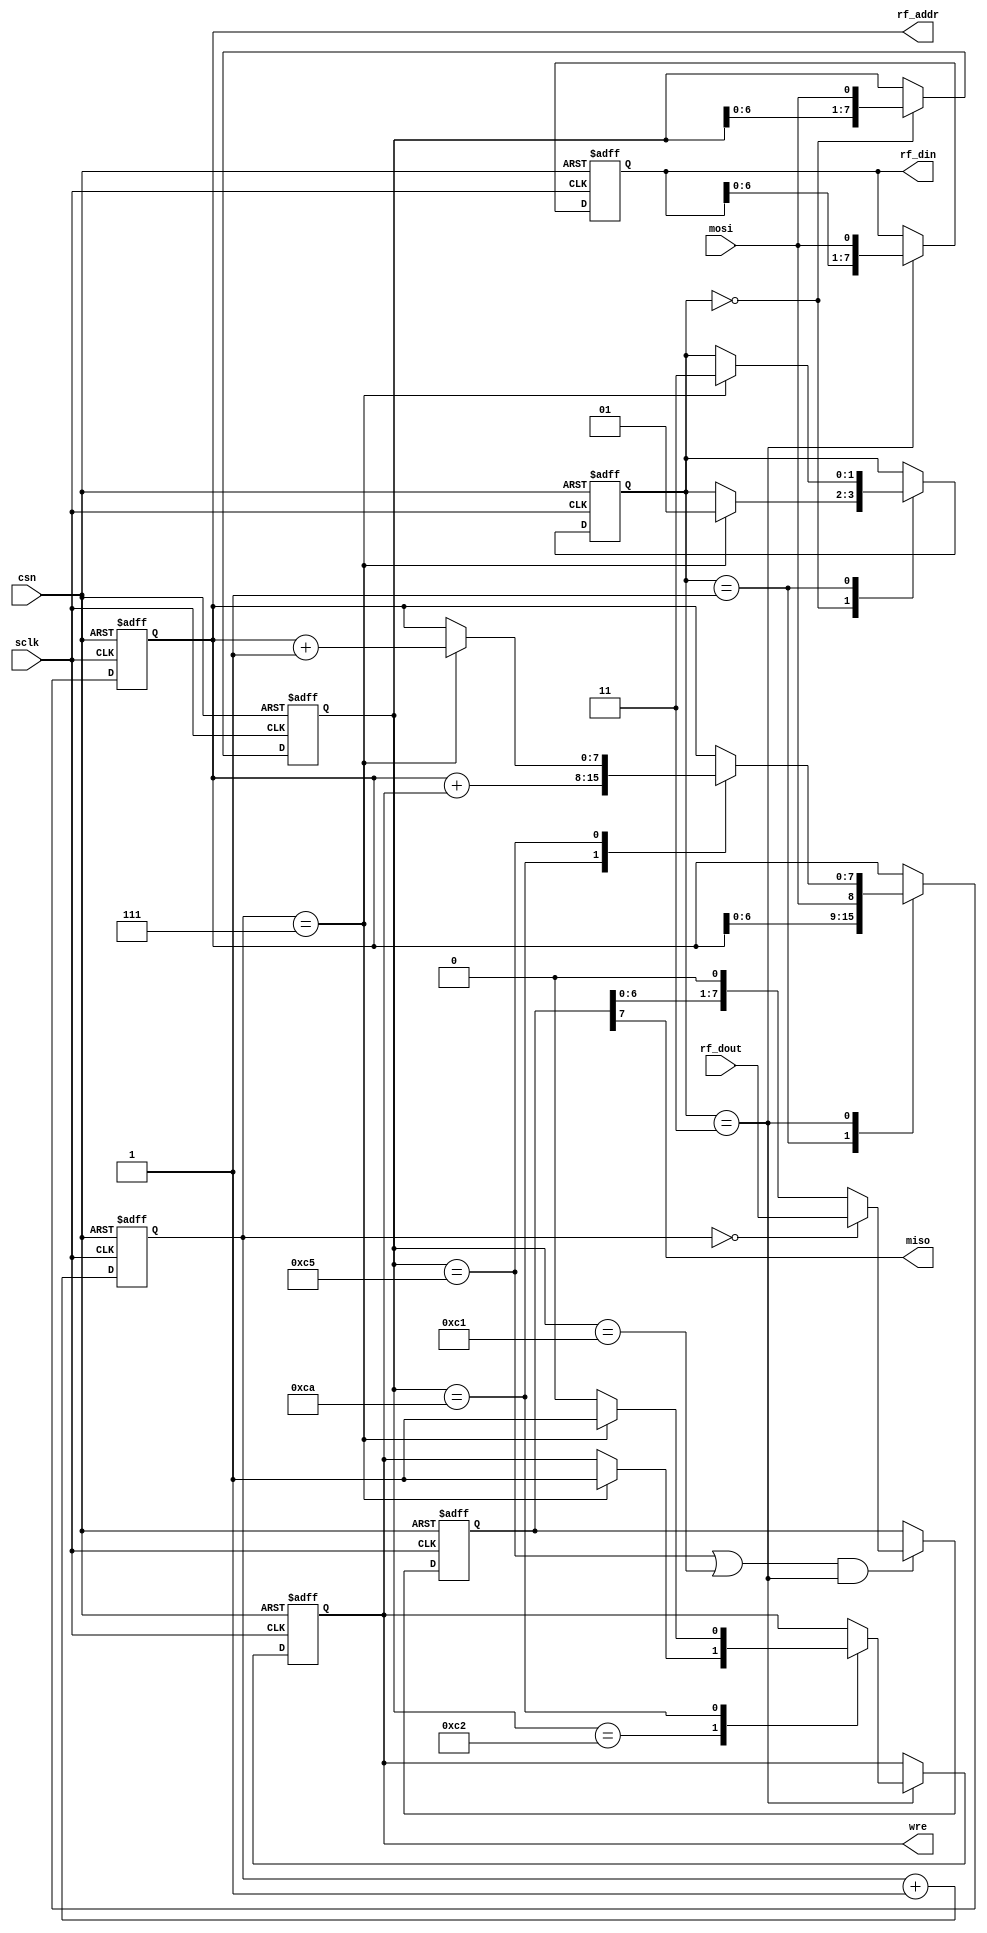
//                              -*- Mode: Verilog -*-
// Description     : spi interface
// Last Modified By: amr
// Update Count    : 0
// Status          : Unknown, Use with caution!


module spi_if (/*AUTOARG*/
   // Outputs
   miso, rf_addr, rf_din, wre,
   // Inputs
   csn, sclk, mosi, rf_dout
   ) ;
   
   input csn;
   input sclk;
   input mosi;
   input [7:0] rf_dout;   
   output miso;
   output [7:0] rf_addr;
   output [7:0] rf_din;
   output 	wre;
   
   parameter read_cmd    = 8'hc1;
   parameter read_burst  = 8'hc5;   
   parameter write_cmd   = 8'hc2;
   parameter write_burst = 8'hca;

   parameter cmd_st   = 2'b00;
   parameter addr_st  = 2'b01;
   parameter data_st  = 2'b11;   
   
   reg [7:0] 	mosi_reg;
   reg [7:0] 	addr_reg;
   reg [7:0] 	data_reg;   
   reg 		wre;
   reg [2:0] 	bit_count;
   reg [1:0] 	state;
   reg [7:0] 	miso_reg;
   

   assign miso = miso_reg[7];
   assign rf_din = data_reg;
   assign rf_addr = addr_reg;
   
   
   always @(posedge sclk or posedge csn) begin
      if (csn == 1'b1) begin
	 mosi_reg   <= 8'b0;
	 data_reg   <= 8'b0;
	 addr_reg   <= 8'b0;
	 state      <= cmd_st;	
	 bit_count  <= 3'd0; 
	 wre        <= 1'b0;	 
      end
      else begin
	 
	 bit_count <= bit_count + 1'b1;
	 
	 case (state) 
	   cmd_st: begin
	      if (bit_count==7) begin
		 state <= addr_st;
	      end
	      mosi_reg <= {mosi_reg[6:0], mosi};	      
	   end
	   addr_st: begin
	      if (bit_count==7) begin
		 state <= data_st;	 
	      end
	      addr_reg <= {addr_reg[6:0], mosi};	      
	   end
	   data_st: begin
	      data_reg <= {data_reg[6:0], mosi};
	      case (mosi_reg)
		write_cmd: begin
		   if (bit_count==7) begin
		      wre <= 1'b1;
		   end
		end		

		write_burst: begin
		   if (bit_count==7) begin
		      wre <= 1'b1;
		   end
		   else begin
		      wre <= 1'b0;		      
		   end
		   addr_reg <= addr_reg + wre;		   
		end

		read_burst: begin
		   if (bit_count==7) begin
		      addr_reg <= addr_reg + 1'b1;		      
		   end	   
		end
	      endcase // case (mosi_reg)	      
	   end // case: data_st	   
	 endcase // case (state)	 
      end         
   end
   
   always @(negedge sclk or posedge csn) begin
      if (csn==1'b1) begin
	 miso_reg <= 8'b0;	 
      end
      else begin
	 if ((mosi_reg==read_burst || mosi_reg == read_cmd) && state==data_st) begin
	    if (bit_count==0) begin
	       miso_reg <= rf_dout;
	    end
	    else begin
	       miso_reg <= {miso_reg[6:0], 1'b0};	       
	    end
	 end
      end
   end

   
endmodule // spi_if